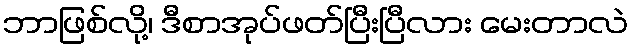
ဘာဖြစ်လို့၊ ဒီစာအုပ်ဖတ်ပြီးပြီလား မေးတာလဲ